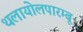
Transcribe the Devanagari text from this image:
थलायोलपारम्बू